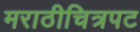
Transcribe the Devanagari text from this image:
मराठीचित्रपट